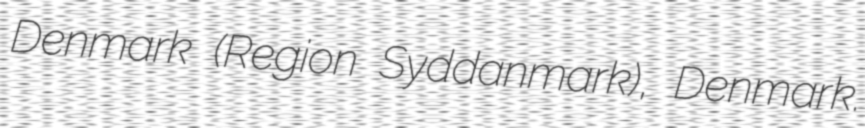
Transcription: Denmark (Region Syddanmark), Denmark.